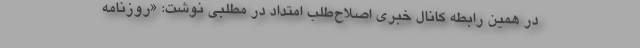
در همین رابطه کانال خبری اصلاح‌طلب امتداد در مطلبی نوشت: «روزنامه